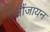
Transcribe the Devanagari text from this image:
मौंजायन